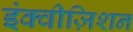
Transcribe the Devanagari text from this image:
इंक्वीज़िशन